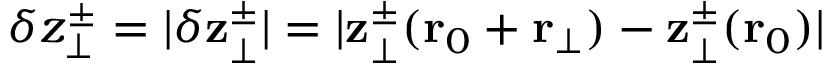
\delta z _ { \perp } ^ { \pm } = \vert \delta \mathbf { z } _ { \perp } ^ { \pm } \vert = \vert \mathbf { z } _ { \perp } ^ { \pm } ( \mathbf { r } _ { 0 } + \mathbf { r } _ { \perp } ) - \mathbf { z } _ { \perp } ^ { \pm } ( \mathbf { r } _ { 0 } ) \vert